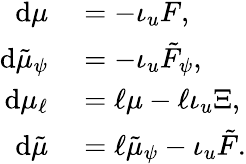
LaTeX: \begin{array}{rl}{\mathrm{d}\mu}&{{}=-\iota_{u}F,}\\ {\mathrm{d}\tilde{\mu}_{\psi}}&{{}=-\iota_{u}\tilde{F}_{\psi},}\\ {\mathrm{d}\mu_{\ell}}&{{}=\ell\mu-\ell\iota_{u}\Xi,}\\ {\mathrm{d}\tilde{\mu}}&{{}=\ell\tilde{\mu}_{\psi}-\iota_{u}\tilde{F}.}\end{array}